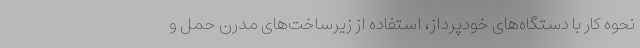
نحوه کار با دستگاه‌های خودپرداز، استفاده از زیرساخت‌های مدرن حمل و